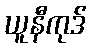
ယူနီကုဒ်